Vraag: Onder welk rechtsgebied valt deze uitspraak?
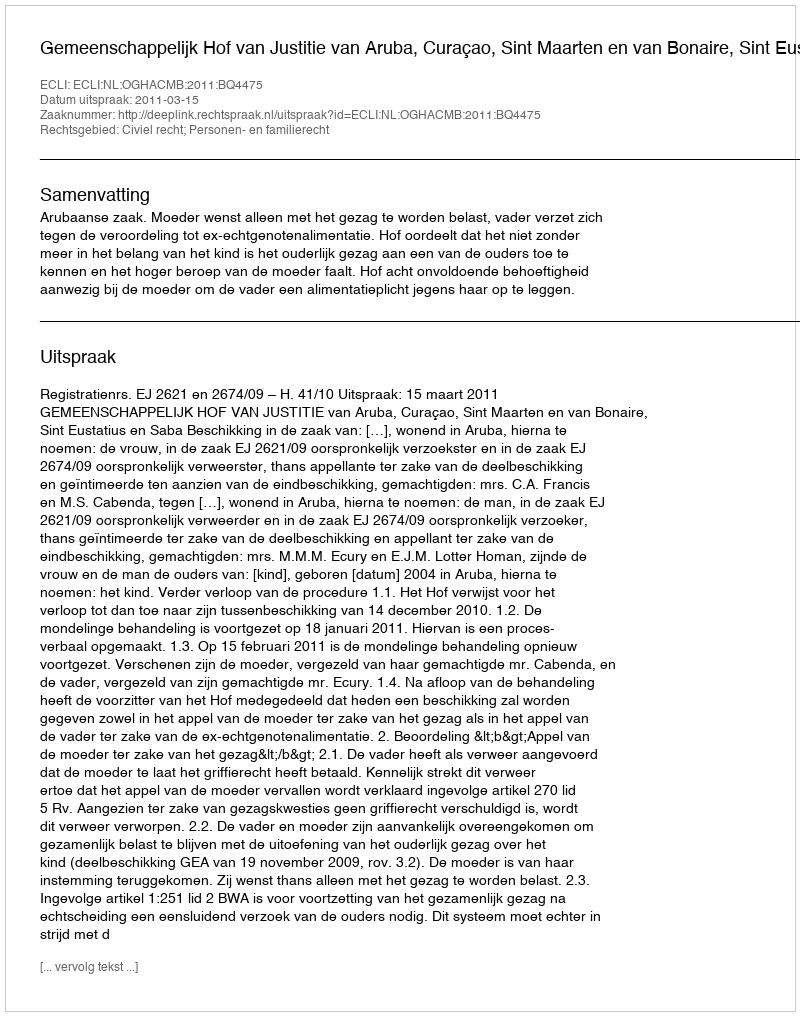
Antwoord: Civiel recht; Personen- en familierecht